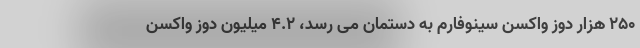
۲۵۰ هزار دوز واکسن سینوفارم به دستمان می رسد، ۴.۲ میلیون دوز واکسن